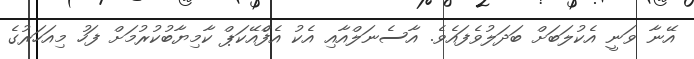
އޭނާ ވަނީ އެކުލަބަށް ބަދަލުވެފައެވެ. އާސެނަލްއާއި އެކު އެފްެއޭކަޕް ކާމިޔާބުކުރުމަށް ފަހު މިއަހަރުގެ